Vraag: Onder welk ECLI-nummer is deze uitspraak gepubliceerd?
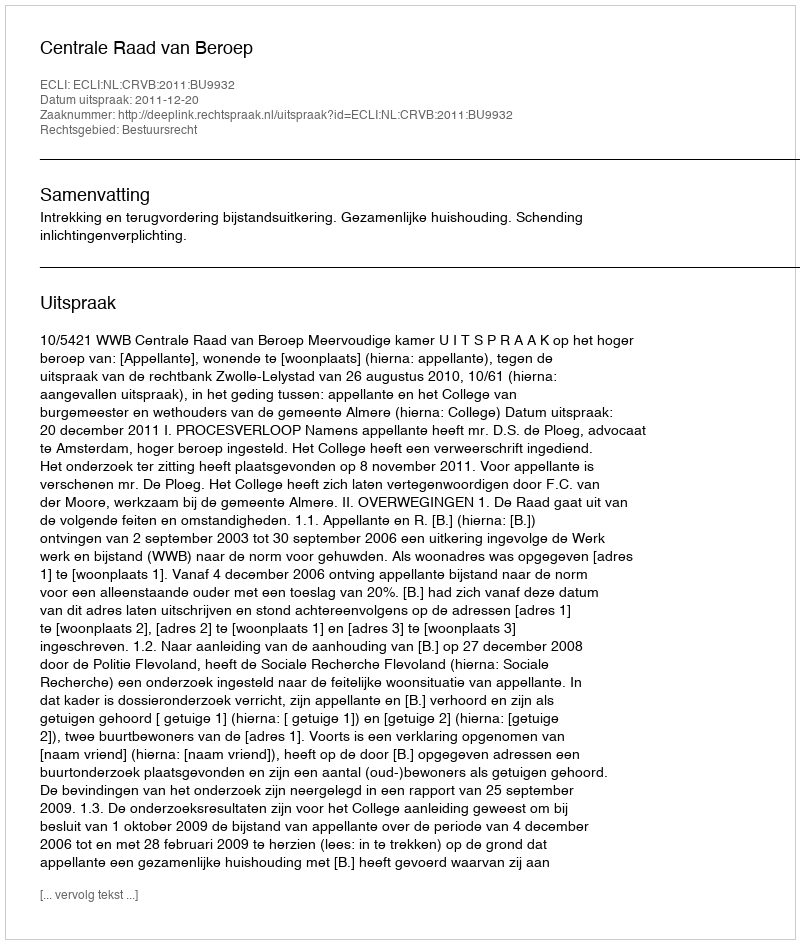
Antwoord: ECLI:NL:CRVB:2011:BU9932